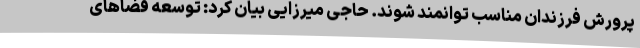
پرورش فرزندان مناسب توانمند شوند. حاجی میرزایی بیان کرد: توسعه فضاهای